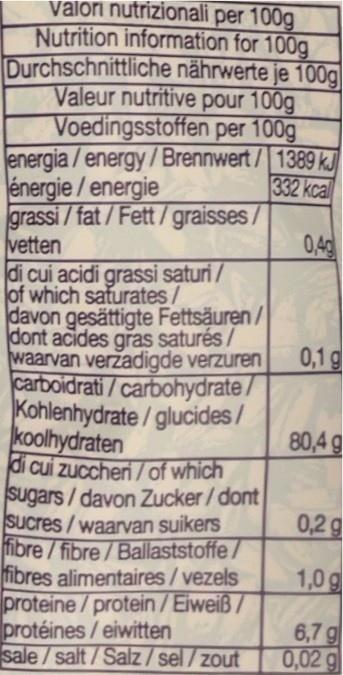
valori nutrizionali per 100g Nutrition information for 100g Durchschnittliche nährwerte je 100g Valeur nutritive pour 100g Voedingsstoffen per 100g
energia/energy/Brennwert/1389 kJ
332 kcal
énergie/energie
grassi/fat/Fett/graisses/
vetten
di cui acidi grassi saturi/ of which saturates/ davon gesättigte Fettsäuren/ dont acides gras saturés/ waarvan verzadigde verzuren carboidrati/carbohydrate/ Kohlenhydrate/glucides/ koolhydraten
di cui zuccheri / of which sugars/davon Zucker/dont
Sucres/waarvan suikers fibre/fibre/Ballaststoffe/
fibres alimentaires/vezels
proteine/protein / Eiweiß/
protéines / eiwitten
sale/salt/Salz/sel/zout
0,4g
0,1 g
80,4 g
0,2 g
1,0g
6,7 g
0,02 g